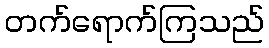
တက်ရောက်ကြသည်